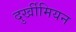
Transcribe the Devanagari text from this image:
दुर्खीमियन